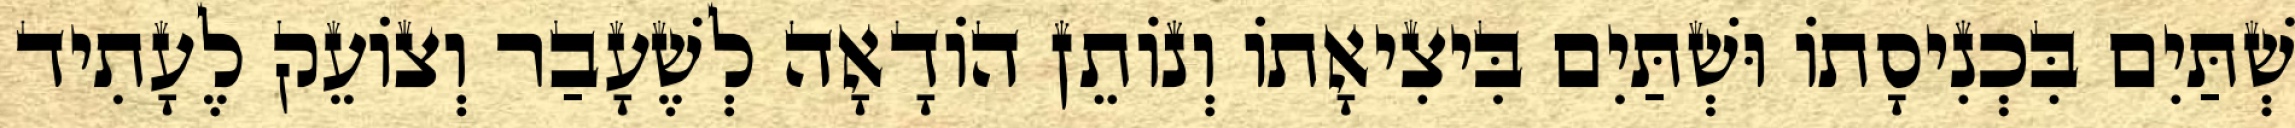
שְׁתַּיִם בִּכְנִיסָתוֹ וּשְׁתַּיִם בִּיצִיאָתוֹ וְנוֹתֵן הוֹדָאָה לְשֶׁעָבַר וְצוֹעֵק לֶעָתִיד